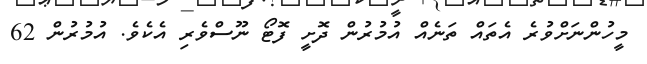
މީހުންނަށްވުރެ އެތައް ތަނެއް އުމުރުން ދޮށީ ފޮޓޯ ނޫސްވެރި އެކެވެ. އުމުރުން 62